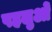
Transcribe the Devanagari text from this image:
पहलुओें